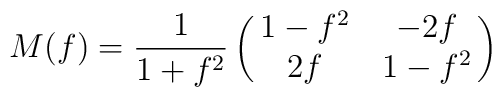
M(f) = \frac{1}{1+f^2}\pmatrix{ 1-f^2 &-2f \cr2f&1-f^2\cr}